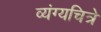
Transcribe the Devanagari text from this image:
व्यंग्यचित्रे